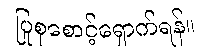
ပြုစုစောင့်ရှောက်ရန်။